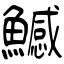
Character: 鱤